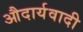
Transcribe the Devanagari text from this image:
औदार्यवादी